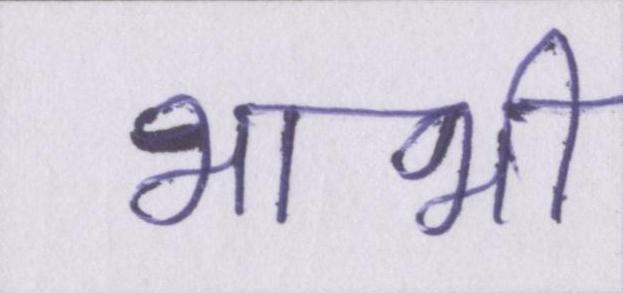
भाभी